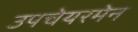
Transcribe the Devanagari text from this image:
उपचेयरमेन